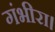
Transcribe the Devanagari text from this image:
गंभीरा।